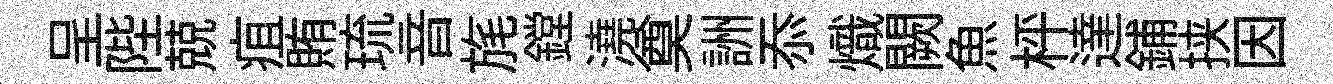
呈陛兢疽賄琉音旄鏜澆奠詶忝熾闕魚枰達鋪挟因